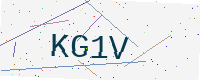
Text: KG1V